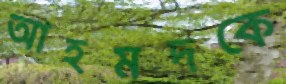
আহমদকে